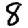
Digit: 8